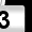
Digit: 3